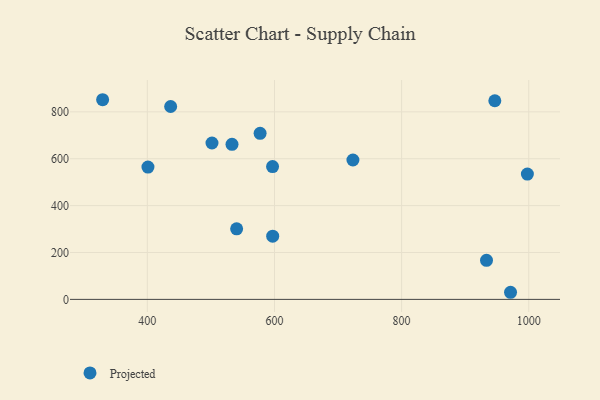
{"axis": {"x": "Distance", "y": "Salary"}, "legend": ["Projected"], "data": [{"x": "540.5", "y": 301.0, "type": "Projected"}, {"x": "401.0", "y": 564.2, "type": "Projected"}, {"x": "971.3", "y": 30.3, "type": "Projected"}, {"x": "597.2", "y": 269.6, "type": "Projected"}, {"x": "329.7", "y": 851.7, "type": "Projected"}, {"x": "997.8", "y": 534.6, "type": "Projected"}, {"x": "933.5", "y": 166.4, "type": "Projected"}, {"x": "436.7", "y": 822.7, "type": "Projected"}, {"x": "501.7", "y": 667.0, "type": "Projected"}, {"x": "577.4", "y": 708.2, "type": "Projected"}, {"x": "597.0", "y": 566.4, "type": "Projected"}, {"x": "723.4", "y": 594.6, "type": "Projected"}, {"x": "533.2", "y": 661.6, "type": "Projected"}, {"x": "946.6", "y": 847.3, "type": "Projected"}]}